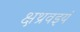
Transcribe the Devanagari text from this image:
क्षथ्रवइयं